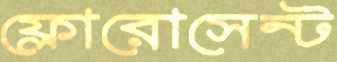
ফ্লোরোসেন্ট